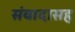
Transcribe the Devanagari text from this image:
संवादासह